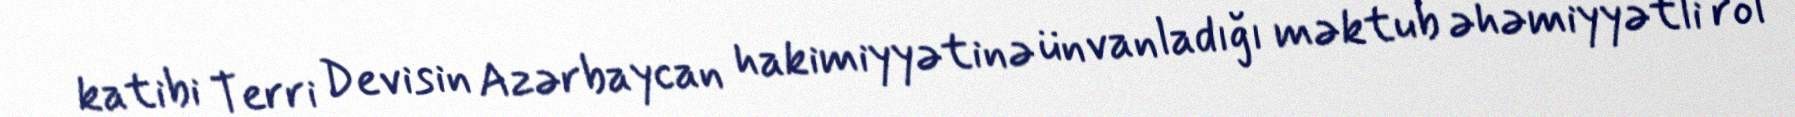
katibi Terri Devisin Azərbaycan hakimiyyətinə ünvanladığı məktub əhəmiyyətli rol